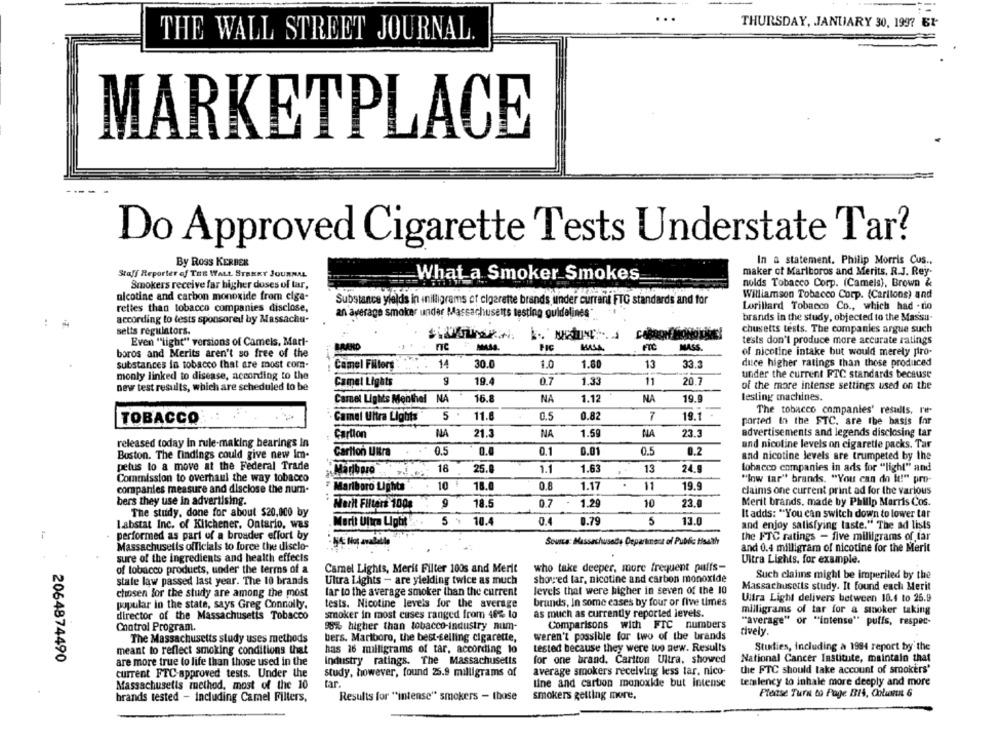
THURSDAY, JANUARY 30, 1997 61-
THE WALL STREET JOURNAL.
MARKETPLACE
Do Approved Cigarette Tests Understate Tar?
By Ross KERBER
In a statement. Philip Morris Cus ..
Staff Reporter of THE WALL STREET JOURNAL
maker of Marlboros and Merits, R.J. Rey-
What a Smoker Smokes
nolds Tobacco Corp. (Camels), Brown &
Smokers receive far higher doses of tar,
nicotine and carbon monoxide from ciga-
Williamson Tobacco Corp. (Carilons) and
Substance yields in inilligrams of cigarette brands, under current FTC standards and for
relles than tobacco companies disclose,
Lorillard Tobacco Co ., which had - tio
according to tests sponsored by Massachu-
an average smoker under Massachusetts testing guidelines*
brands in the study, objected to the Masssu-
selts regulators.
chusetts tests. The companies argue such
Even ""light" versions of Camels, Mart-
tests don't produce more accurate ratings
RANO
Fc
FTC
MASS.
boros and Merits aren't so free of the
of nicotine intake but would merely pro-
substances in tobacco that are most com-
14
30.0
1.0
1.80
13
duce higher ratings than those produced
Camel Filters
33.3
monly linked to disease, according to the
under the current FTC standards because
Camel Lights
19.4
0.7
1.33
11
20.7
of the more intense settings used on the
new test results, which are scheduled to be
Camel Lights Monthel NA
16.8
NA
1.12
NA
19.9
lesting machines.
5
11.8
0.82
7
19.1
The tobacco companies' results, re-
TOBACCO
Camel Ultra Lights
0.5
parted in the FTC. are the basis for
Cartlon
NA
21.3
NA
1.59
NA
23.3
advertisements and legends disclosing tar
released today in rule-making bearings in
and nicotine levels on cigarette packs. Tar
Carlton UNra
0.5
0.0
0.1
0.01
0.5
0.2
Boston. The findings could give new im-
and nicotine levels are trumpeted by the
petus to a move at the Federal Trade
18
1.63
24.9
lobacco companies in ads for "light" and
Marlboro
25.8
1.1
13
Commission to overhaul the way tobacco
"low tar" brands. "You can do it!" pro-
companies measure and disclose the num-
Marlboro Lights
10 ₺
18.0
0.8
1.17
.
11
19.9
claims one current print ad for the various
bers they use in advertising.
18.5
0.7
1.29
10
23.0
Merit brands, made by Philip Morris Cos.
The study, done for about $20,000 by
Merit Filters 100g
It adds: "You can switch down to lower tar
Labstat Inc. of Klichener, Ontario, was
Marit Ultra Light
5 %
10.4
0.4
0.79
5
13.0
and enjoy satisfying taste." The ad lists
performed as part of a broader effort by
Sousa: Massachusede Departmecz of Public Health
the FTC ratings - five milligrams of far
Massachusetts officials to force the diselo-
and 0.4 milligram of nicotine for the Merit
sure of the ingredients and health effects
Ultra Lights. for example.
of tobacco products, under the terms of a
Camel Lights, Merit Filter 100s and Merit
who take deeper, more frequent puffs-
showed lar, nicotine and carbon monoxide
Such clalins might be imperiled by the
state law passed last year. The 10 brands
Ultra Lights - are yielding twice as much
Massachusetts study. It found each Merit
chosen for the study are among the most
lar to the average smoker than the current
levels that were higher in seven of the 10
brunds, In some cases by four or five times
Ultra Light delivers between 18.4 to 26.9
popular in the state, says Greg Connolly.
tests. Nicotine levels for the average
milligrams of tar for a sinoker taking
director of the Massachusetts Tobacco
smoker in most cases ranged from 46% lo
as much as currently reported levels.
"average" or "intense" puffs, respec-
Chatrol Program.
98% higher than tobacco-industry num-
Comparisons with FIC numbers
tively
The Massachusetts study uses methods
bers. Marlboro, the best-selling cigarette,
weren't possible for two of the brands
meant to reflect smoking conditions that
has 16 milligrams of tar, according to
tested because they were wo new. Results
Studies, Including a 1994 report by the
Industry ratings. The Massachusetts
for one brand. Cartton Ultra, showed
National Cancer Institute, maintain that
2064874490
are more true to life than those used in the
current FTC-approved tests. Under the
study, however, found 25.9 milligrams of
average smokers receiving less tar, nico-
the FTC should take account of smokers'
tar.
line and carton monoxide but intense
temlency to inhale more deeply and more
Massachusetts method, most of the 10
brands tested - including Camel Fillers,
Results for "intense" smokers - those
smokers getting more.
Please Turn to Page BIS, Coluna 6